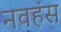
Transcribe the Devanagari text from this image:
नवहंस